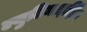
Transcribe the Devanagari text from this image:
ल्युटिनाइझिंग